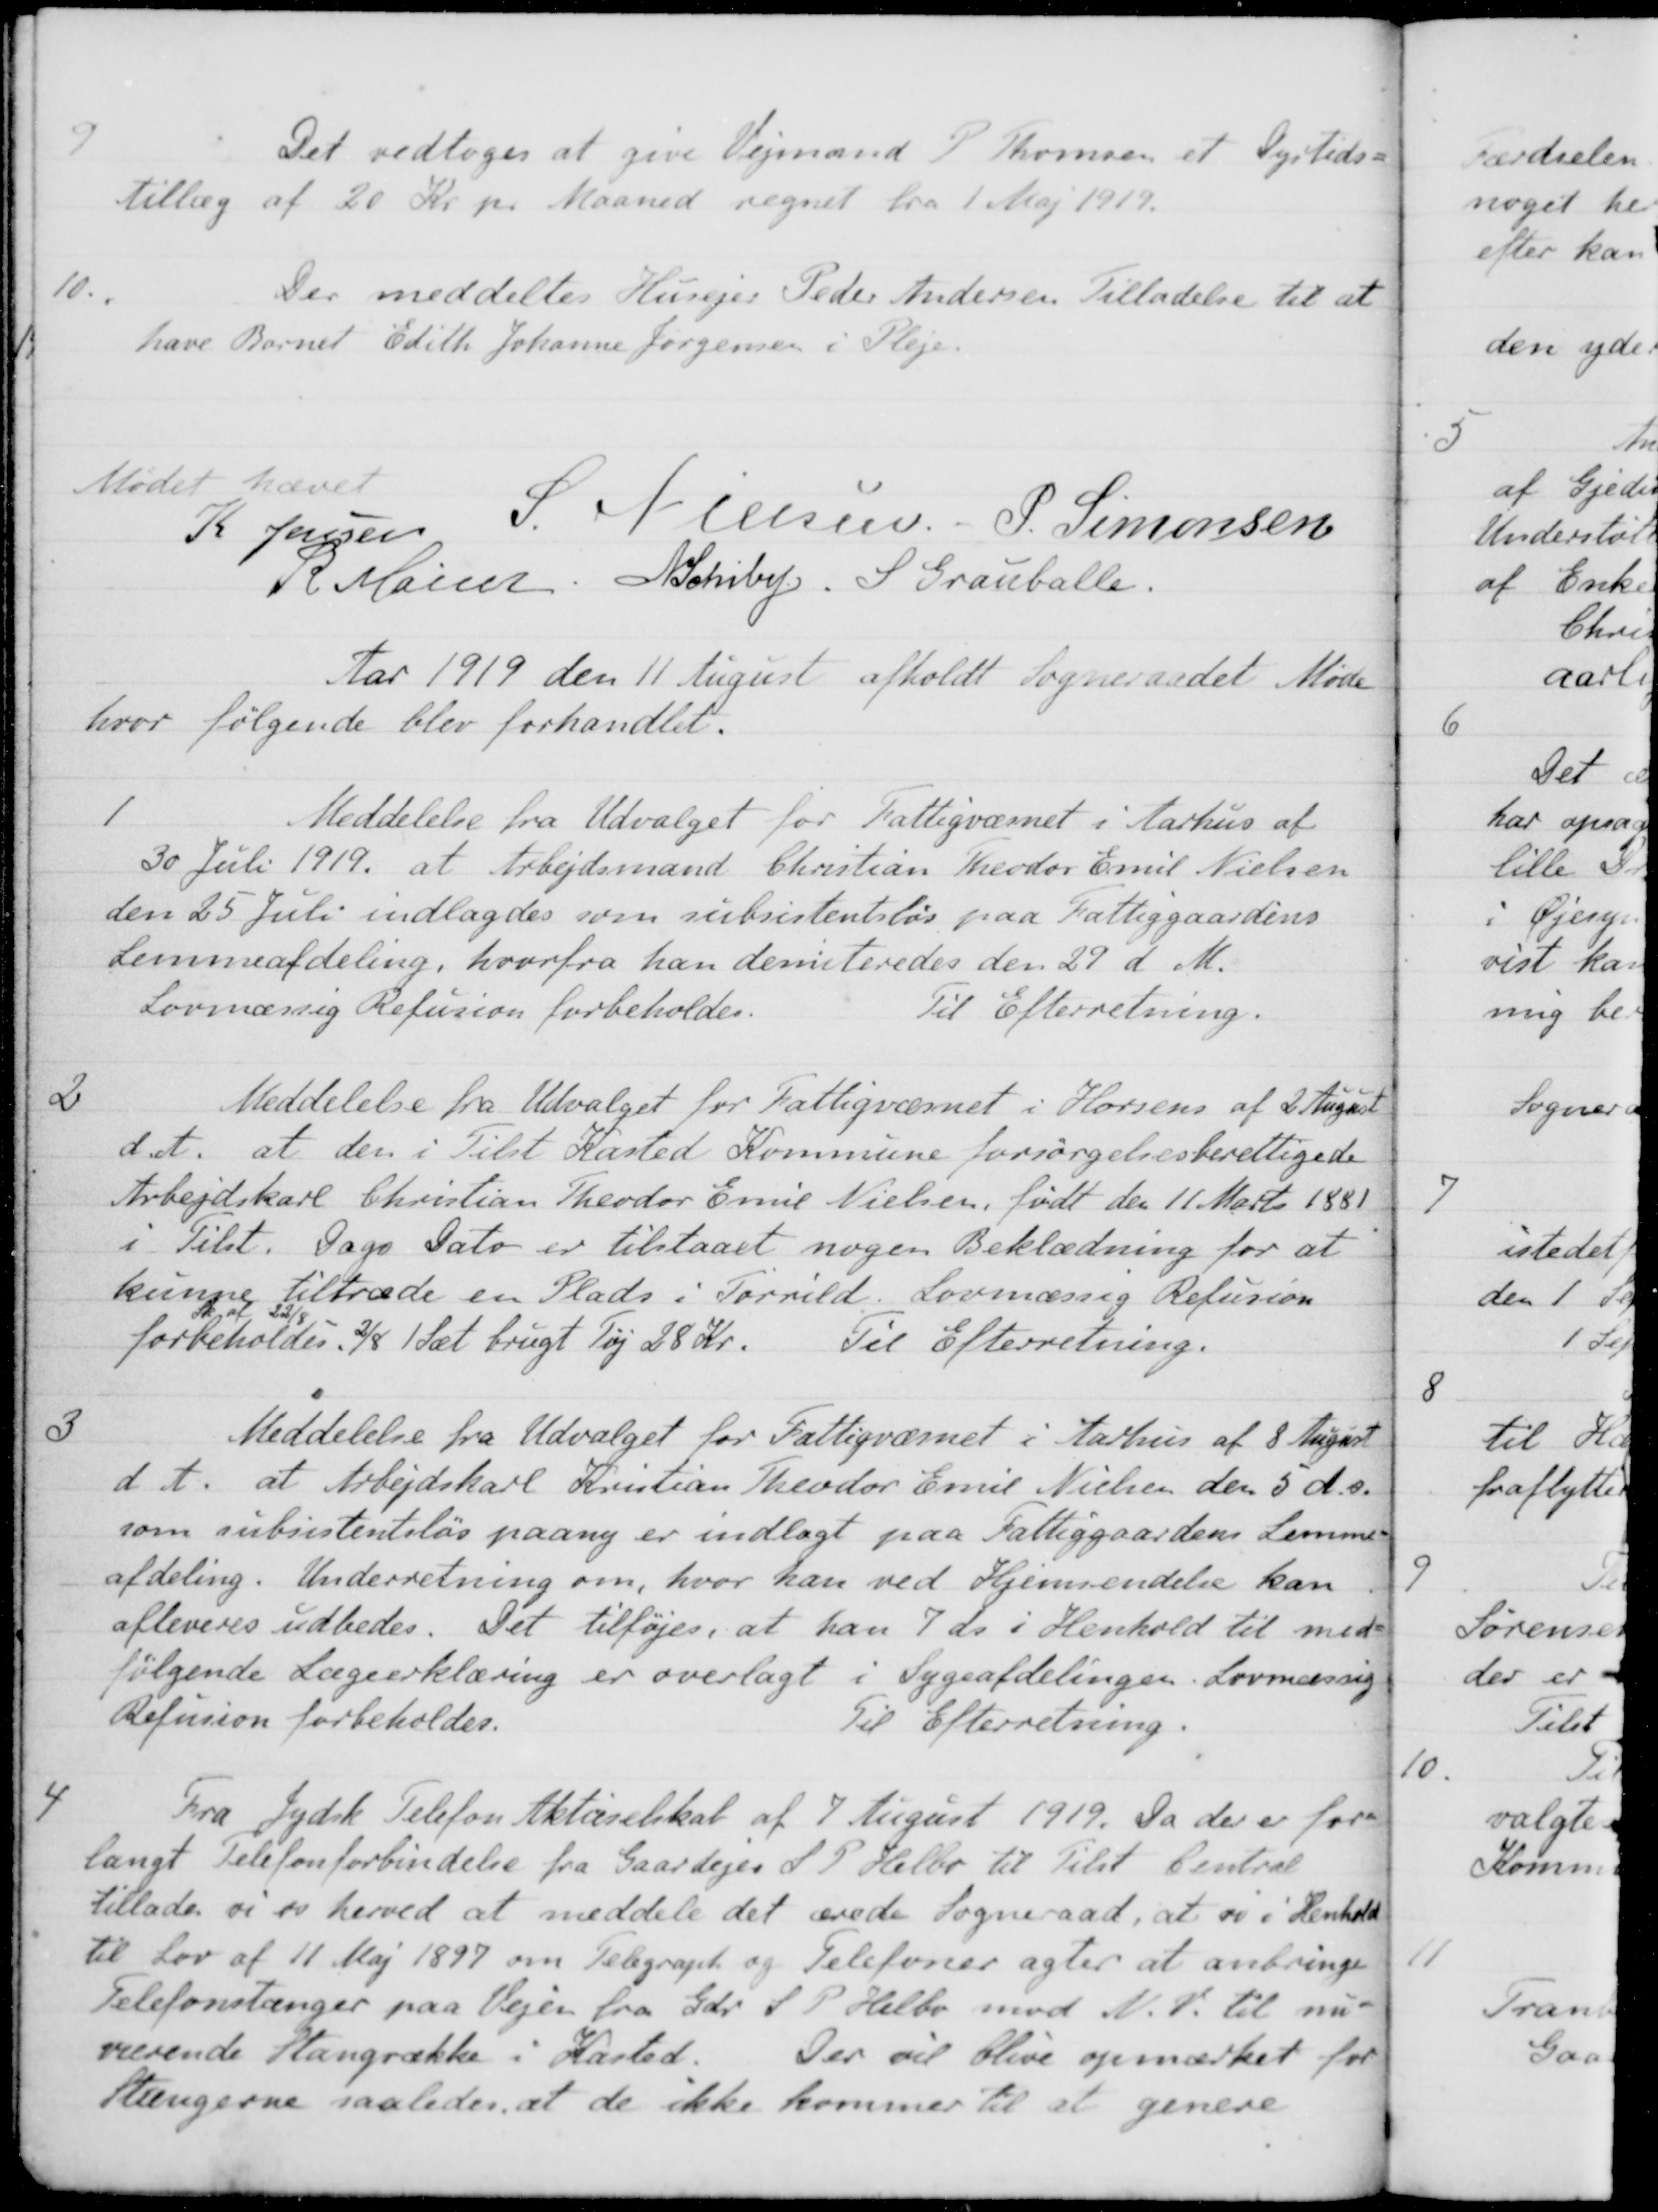
Transskription:
Det vedtoges at give Vejmand P. Thomsen et Dyrtids-
Tillæg af 20 Kr pr Maaned regnet fra 1 Maj 1919.
10.
Der meddeltes Husejer Peder Andersen Tilladelse til at
have Barnet Edith Johanne Jørgensen i Pleje.
Mødet hævet
K Jensen
S. Nielsen
P. Simonsen
R Møller.
N Schiby
S. Grauballe.
Aar 1919 den 11 August afholdt Sogneraadet Møde
hvor følgende blev forhandlet.
1
Meddelelse fra Udvalget for Fattigvæsnet i Aarhus af
30 Juli 1919, at Arbejdsmand Christian Theodor Emil Nielsen
den 25 Juli indlagdes som subsistentsløs paa Fattiggaardens
Lemmeafdeling, hvorfra han demiteredes den 29 d. M.
Lovmæssig Refusion forbeholdes.
Til Efterretning.
2
Meddelelse fra Udvalget for Fattigvæsnet i Horsens af 2 August
d A. at den i Tilst Kasted Kommune forsørgelsesberettigede
Arbejdskarl Christian Theodor Emil Nielsen, født den 11 Marts 1881
i Tilst. Dags Dato er tilstaaet nogen Beklædning for at
kunne tiltræde en Plads i Torrild. Lovmæssig Refusion
forbeholdes
Sk af 22/8
2/8 1 Sæt brugt Tøj 28 Kr.
Til Efterretning.
3
Meddelelse fra Udvalget for Fattigvæsnet i Aarhus af 8 August
d. A. at Arbejdskarl Kristian Theodor Emil Nielsen den 5 d.s.
som subsistentsløs paany er indlagt paa Fattiggaardens Lemme-
afdeling. Underretning om, hvor han ved Hjemsendelse kan
afleveres udbedes. Det tilføjes, at han 7 ds i Henhold til med-
følgende Lægeerklæring er overlagt i Sygeafdelingen. Lovmæssig
Refusion forbeholdes.
Til Efterretning.
4
Fra Jydsk Telefon Aktieselskab af 7 August 1919. Da der er for-
langt telefonforbindelse fra Gaardejer S. P. Helbo til Tilst Central
tillader vi er herved at meddele det ærede Sogneraad, at vi i Henhold
til Lov af 11 Maj 1897 om Telegraph og Telefoner agter at anbringe
Telefonstænger paa Vejen fra Gdr. S. P. Helbo mod N. V. til nu-
værende Stangrække i Hasted. Der vil blive opmærket for
Stængerne saaledes, at de ikke kommer til at genere